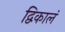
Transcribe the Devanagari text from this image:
द्विकालं